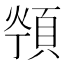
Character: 𱂖